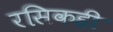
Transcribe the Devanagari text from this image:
रसिकही